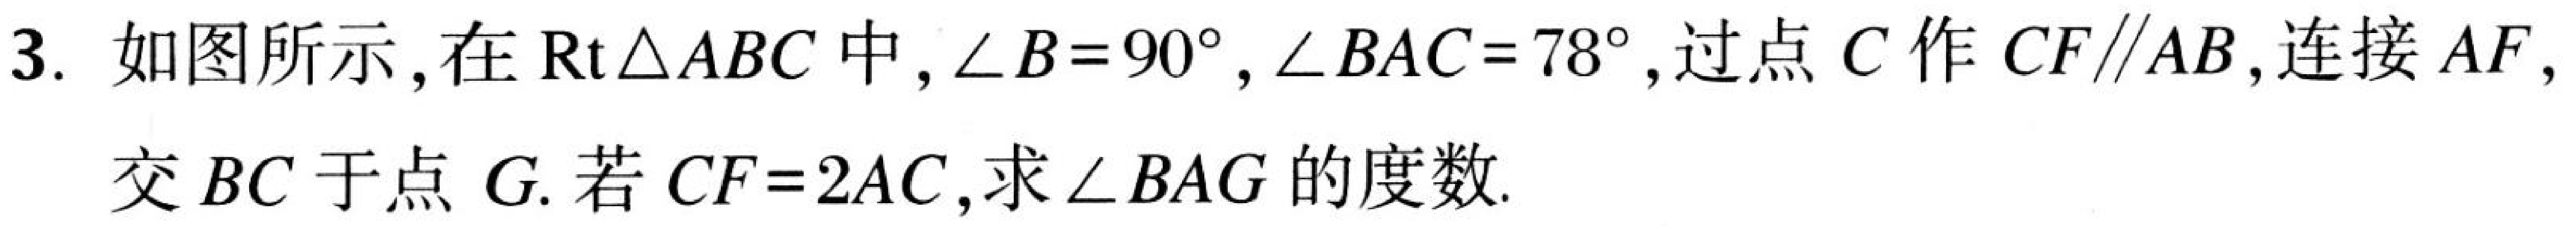
3. 如图所示,在\(\text{Rt}\triangle ABC\)中,\(\angle B = 90^{\circ}\),\(\angle BAC = 78^{\circ}\),过点\(C\)作\(CF\parallel AB\),连接\(AF\),
交\(BC\)于点\(G\). 若\(CF = 2AC\),求\(\angle BAG\)的度数.